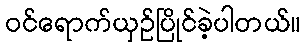
ဝင်ရောက်ယှဉ်ပြိုင်ခဲ့ပါတယ်။